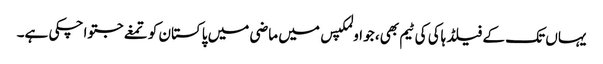
یہاں تک کے فیلڈ ہاکی کی ٹیم بھی، جو اولمکپس میں ماضی میں پاکستان کو تمغے جتوا چکی ہے۔